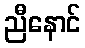
ညီနောင်